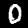
Label: 0